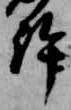
許